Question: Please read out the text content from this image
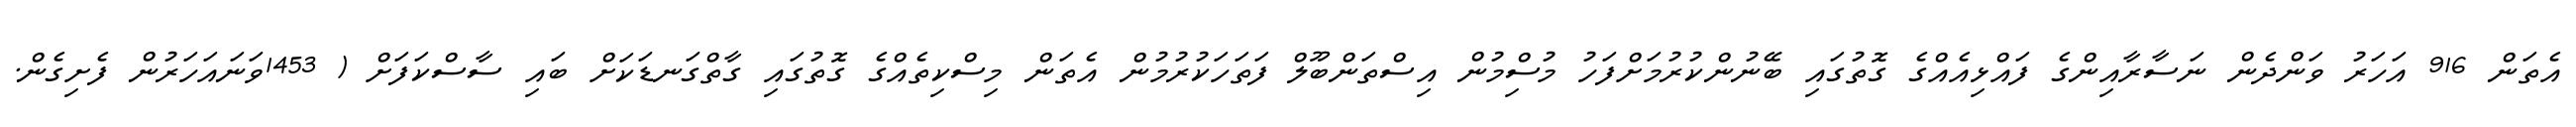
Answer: އެތަން 916 އަހަރު ވަންދެން ނަސާރާއިންގެ ފައްޅިއެއްގެ ގޮތުގައި ބޭނުންކުރުމަށްފަހު މުސްިމުން އިސްތަންބޫލް ފަތަހަކުރުމުން އެތަން މިސްކިތެއްގެ ގޮތުގައި ގާތްގަނޑަކަށް ބައި ސާސްކަފަށް ( 1453ވަނައަހަރުން ފެށިގެން.